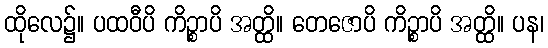
ထိုလေ၌။ ပထဝီပိ ကိဉ္စာပိ အတ္ထိ။ တေဇောပိ ကိဉ္စာပိ အတ္ထိ။ ပန၊